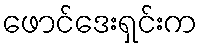
ဖောင်ဒေးရှင်းက